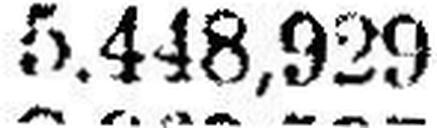
5.448,929